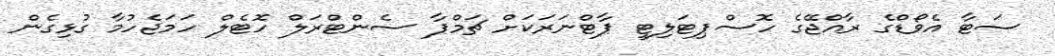
ސަޓާ އެވޯޑްގެ ރާއްޖޭގެ ހޮސްޕިޓަލިޓީ ޕާޓްނަރަކަށް ޗަމްޕާ ސެންޓްރަލް ހޮޓެލް ހަމަޖެހުމާ ގުޅިގެން